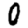
Digit: 0